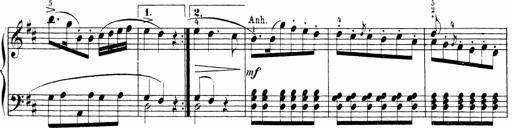
Title: 6 Sonatinas
Composer: Carl Reinecke